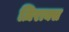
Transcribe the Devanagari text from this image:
ज़िराक्स